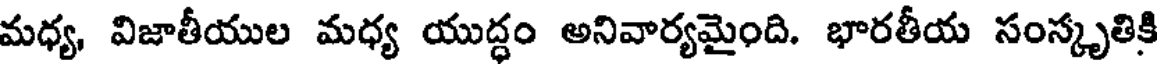
మధ్య, విజాతీయుల మధ్య యుద్ధం అనివార్యమైంది. భారతీయ సంస్కృతికి